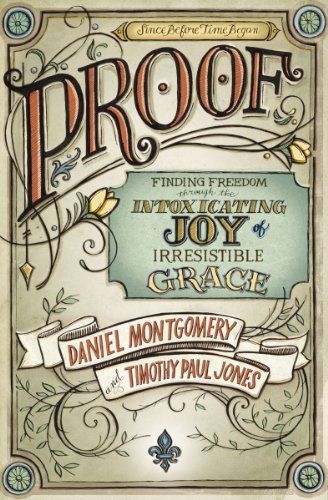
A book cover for PROOF: Finding Freedom through the Intoxicating Joy of Irresistible Grace; Daniel Montgomery; Christian Books & Bibles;